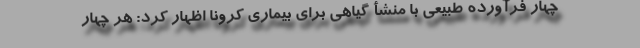
چهار فرآورده طبیعی با منشأ گیاهی برای بیماری کرونا اظهار کرد: هر چهار